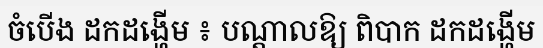
ចំបើង ដកដង្ហើម ៖ បណ្តាលឱ្យ ពិបាក ដកដង្ហើម